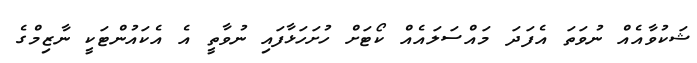
ޝަކުވާއެއް ނުވަތަ އެފަދަ މައްސަލައެއް ކޯޓަށް ހުށަހަޅާފައި ނުވާތީ އެ އެކައުންޓަކީ ނާޒިމްގެ